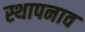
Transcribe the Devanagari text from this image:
स्थापनाव